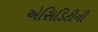
એસિડિટીની